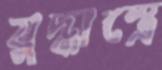
যুদ্ধাস্ত্রে